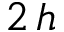
2 \, h